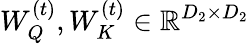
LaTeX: W_{Q}^{(t)},W_{K}^{(t)}\in\mathbb{R}^{D_{2}\times D_{2}}